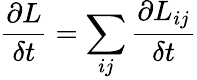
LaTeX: \frac{\partial L}{\delta t}=\sum_{ij}\frac{\partial L_{ij}}{\delta t}